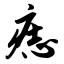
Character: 痣